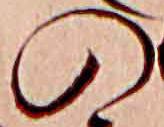
の